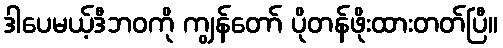
ဒါပေမယ့်ဒီဘဝကို ကျွန်တော် ပိုတန်ဖိုးထားတတ်ပြီ။